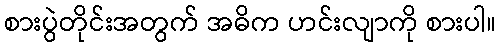
စားပွဲတိုင်းအတွက် အဓိက ဟင်းလျာကို စားပါ။